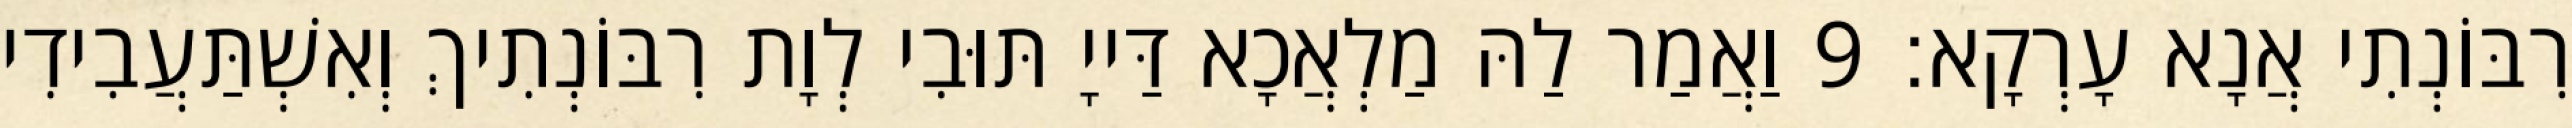
רִבּוֹנְתִי אֲנָא עָרְקָא׃ 9 וַאֲמַר לַהּ מַלְאֲכָא דַּייָ תּוּבִי לְוָת רִבּוֹנְתִיךְ וְאִשְׁתַּעֲבִידִי